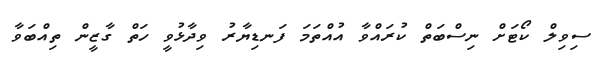
ސިވިލް ކޯޓަށް ނިސްބަތް ކުރައްވާ އުއްތަމަ ފަނޑިޔާރު ވިދާޅުވީ ހަތް ގާޒީން ތިއްބަވާ